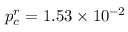
p _ { c } ^ { r } = 1 . 5 3 \times 1 0 ^ { - 2 }